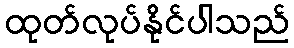
ထုတ်လုပ်နိုင်ပါသည်